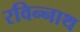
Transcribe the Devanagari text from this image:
रविन्नाथ